Medical and sanitary report of the native army of Bengal for the year
Year: 1877
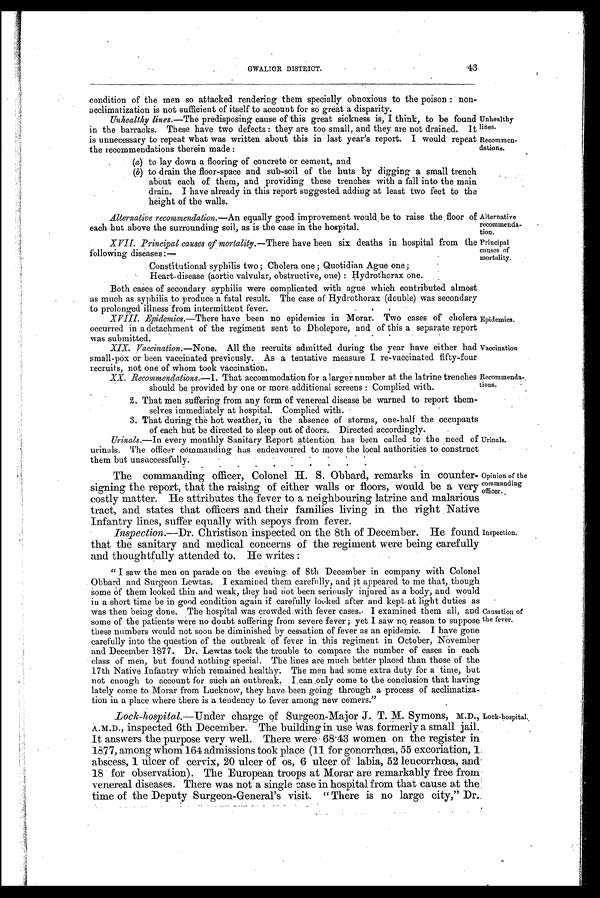
Alternative
recommenda
-
tion.
Principal
causes of
mortality.
Epidemics.
Vaccination
Recommend
a-
tions.
43
GWALIOR DISTRICT.
condition of the men so attacked rendering them specially obnoxious to the poison: non
-
acclimatization is not sufficient of itself to account for so great a disparity.
Unhealthy lines .—The predisposing cause of this great sickness is, I think, to be found
in the barracks. These have two defects: they are too small, and they are not drained. It
is unnecessary to repeat what was written about this in last year's report. I would repeat
the recommendations therein made:
(a) to lay down a flooring of concrete or cement, and
(b) to drain the floor-space and sub-soil of the huts by digging a small trench
about each of them, and providing these trenches with a fall into the main
drain. I have already in this report suggested adding at least two feet to the
height of the walls.
Unhealthy
lines.
Recommen
-
dations.
Alternative recommendation .—An equally good improvement would be to raise the floor of
each hut above the surrounding soil, as is the case in the hospital.
XVII. Principal causes of mortality .—There have been six deaths in hospital from the
following diseases:—
Constitutional syphilis two; Cholera one; Quotidian Ague one;
Heart-disease (aortic valvular, obstructive, one): Hydrothorax one.
Both cases of secondary syphilis were complicated with ague which contributed almost
as much as syphilis to produce a fatal result. The case of Hydrothorax (double) was secondary
to prolonged illness from intermittent fever.
XVI I I . E p i d e mi c s. — T h e r e
h a v e b e e n n o e p i d e m i c s i n M o r a r . T w o c a s e s o f c h o l e r a
occurred in a detachment of the regiment sent to Dholepore, and of this a separate report
was submitted.
XIX. Vaccination .—None. All the recruits admitted during the year have either had
small-pox or been vaccinated previously. As a tentative measure I re-vaccinated fifty-four
recruits, not one of whom took vaccination.
XX. Recommendations .—1. That accommodation for a larger number at the latrine trenches
should be, provided by one or more additional screens: Complied with.
2. That men suffering from any form of venereal disease be warned to report them
-
selves immediately at hospital. Complied with.
3. That during the hot weather, in the absence of storms, one-half the occupants
of each but be directed to sleep out of doors. Directed accordingly.
Urinals .—In every monthly Sanitary Report attention has been called to the need of
urinals. The officer commanding has endeavoured to move the local authorities to construct
them but unsuccessfully.
The commanding officer, Colonel H. S. Obbard, remarks in counter
-signing the report, that the raising of either walls or floors, would be a very
costly matter. He attributes the fever to a neighbouring latrine and malarious
tract, and states that officers and their families living in the right Native
Infantry lines, suffer equally with sepoys from fever.
Inspection .—Dr . Christison inspected on the 8th of December. He found
that the sanitary and medical concerns of the regiment were being carefully
and thoughtfully attended to. He writes:
Urinals.
Opinion of the
commanding
officer.
Inspection.
"I saw the men on parade on the evening of 8th December in company with Colonel
Obbard and Surgeon Lewtas. I examined them carefully, and it appeared to me that, though
some of them looked thin and weak, they had not been seriously injured as a body, and would
in a short time be in good condition again if carefully looked after and kept at light duties as
was then being done. The hospital was crowded. with fever cases. I examined them all, and
some of the patients were no doubt suffering from severe fever; yet I saw no reason to suppose
these numbers would not soon be diminished by cessation of fever as an epidemic. I have gone
carefully into the question of the outbreak of fever in this regiment in October, November
and December 1877. Dr. Lewtas took the trouble to compare the number of cases in each
class of men, but found nothing special. The lines are much better placed than those of the
17th Native Infantry which remained healthy. The men bad some extra duty for a time, but
not enough to account for such an outbreak. I can, only come to the conclusion that having
lately come to Morar from Lucknow, they have been going through a process of acclimatiza
-
tion in a place where there is a tendency to fever among new comers."
Lock-hospital .—Under charge of Surgeon-Major J. T. M. Symons, M.D.,
A.M.D., inspected 6th December. The building in use was formerly a small jail.
It answers the purpose very well. There were 68.43 women on the register in
1877, among whom 164 admissions took place (11 for gonorrhœa, 55 excoriation, 1
abscess, 1 ulcer of cervix, 20 ulcer of os, 6 ulcer of labia, 52 leucorrhœa, and
18 for observation). The European troops at Morar are remarkably free from
venereal diseases. There was not a single case in hospital from that cause at the
time of the Deputy Surgeon-General's visit. "There is no large city," Dr.
Causation of
the fever.
Lock-hospital.